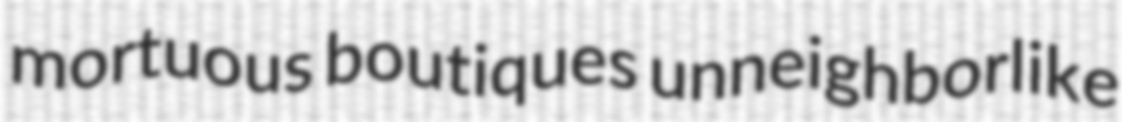
mortuous boutiques unneighborlike